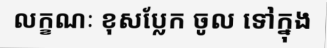
លក្ខណៈ ខុសប្លែក ចូល ទៅក្នុង